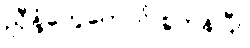
ညှီနံ့တွေတောင် စွဲကုန်ပြီ။